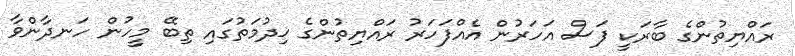
ރައްޔިތުންގެ ބާރަކީ ފަސް އަހަރުން އެއްފަހަރު ރައްޔިތުންގެ ޚިދުމަތުގައި ތިބޭ މީހުން ހަނދާންވާ